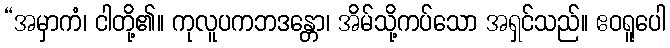
“အမှာကံ၊ ငါတို့၏။ ကုလူပကဘဒန္တော၊ အိမ်သို့ကပ်သော အရှင်သည်။ ဧဝရူပေါ